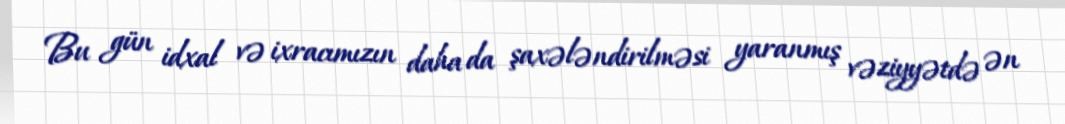
Bu gün idxal və ixracımızın daha da şaxələndirilməsi yaranmış vəziyyətdə ən